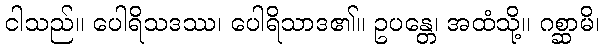
ငါသည်။ ပေါရိသဒဿ၊ ပေါရိသာဒ၏။ ဥပန္တေ၊ အထံသို့။ ဂစ္ဆာမိ၊